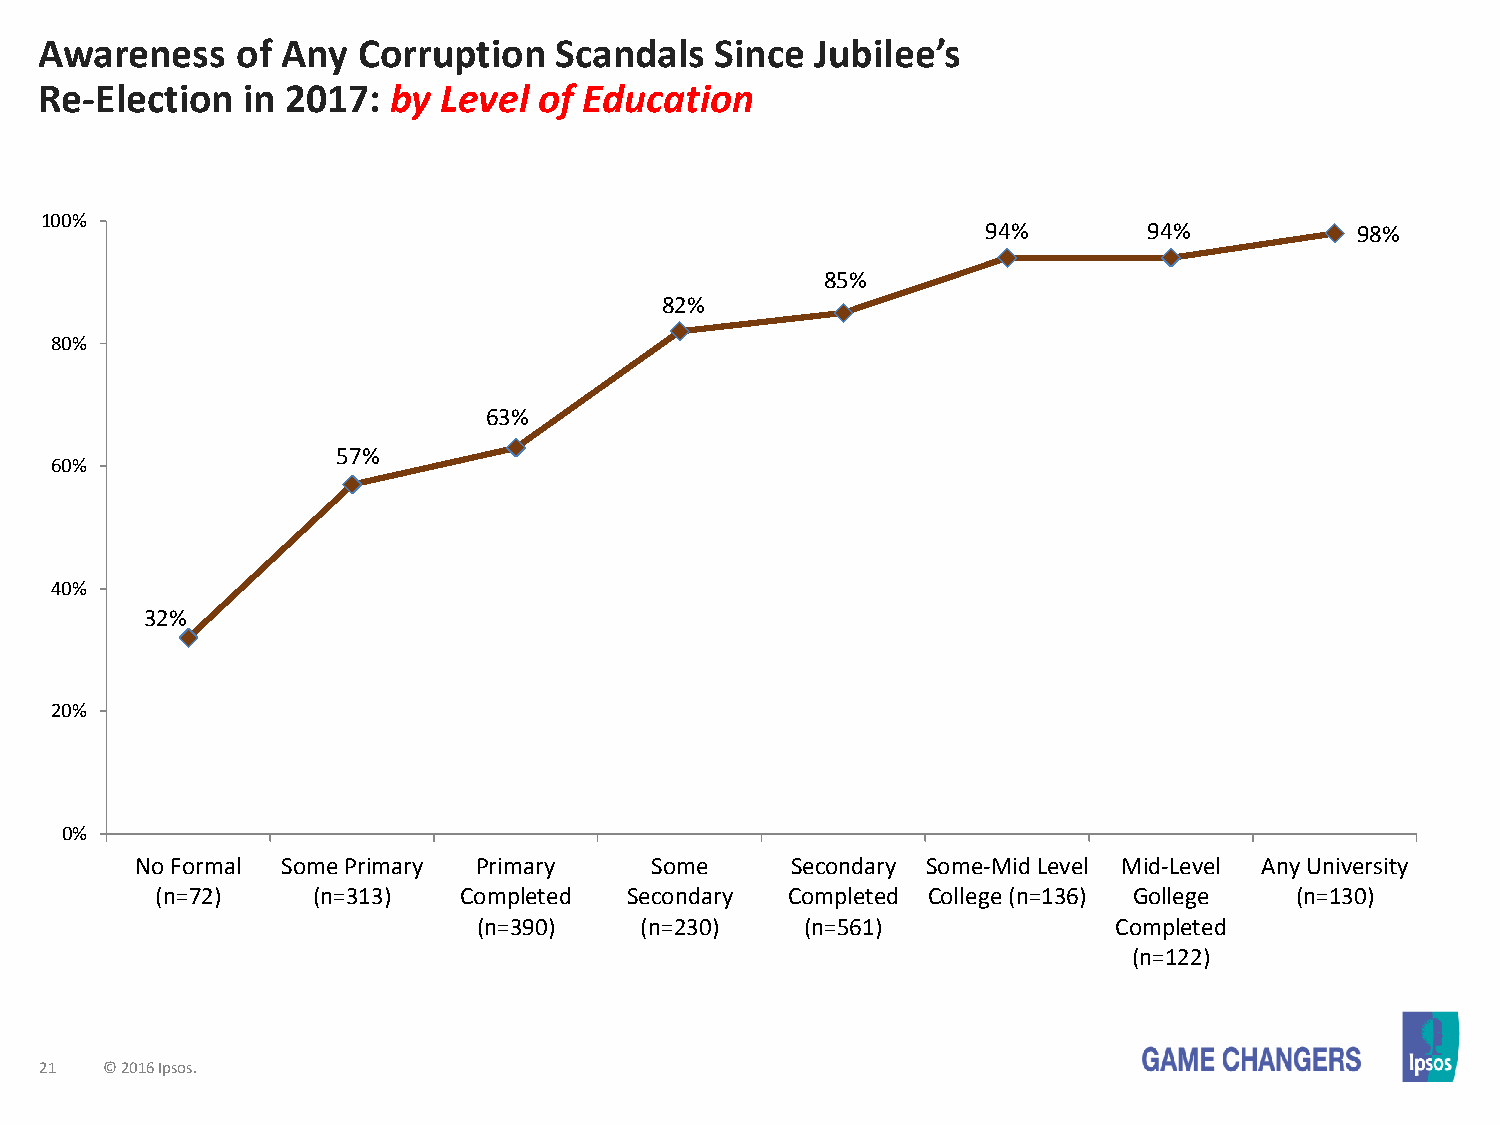
Awareness    of Any  Corruption   Scandals  Since  Jubilee’s
 Re-Election  in 2017:  by Level  of Education
 100%
 94%        94%           98%
 85%
 82%
 80%
 63%
 57%
 60%
 40%
 32%
 20%
 0%
 No Formal Some Primary Primary    Some     Secondary Some-Mid Level Mid-Level Any University
 (n=72)     (n=313)  Completed   Secondary Completed College (n=136) Gollege (n=130)
 (n=390)   (n=230)    (n=561)              Completed
 (n=122)
 21  © 2016 Ipsos.